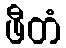
ဖီတံ